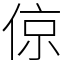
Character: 倞